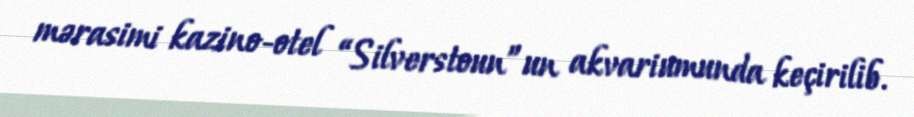
mərasimi kazino-otel “Silverstoun”un akvariumunda keçirilib.